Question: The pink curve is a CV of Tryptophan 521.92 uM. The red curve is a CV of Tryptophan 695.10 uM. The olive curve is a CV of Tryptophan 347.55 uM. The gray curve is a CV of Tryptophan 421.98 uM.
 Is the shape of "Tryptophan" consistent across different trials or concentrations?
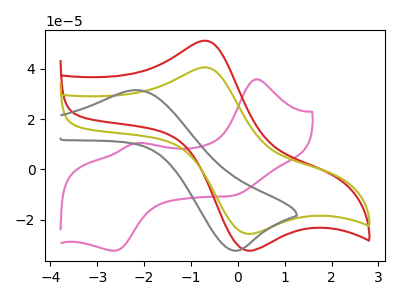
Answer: <think>The pink curve "Tryptophan 521.92 uM" has anodic peaks at (0.40V, 35.90uA) (-2.15V, 10.45uA) and cathodic peaks at (-0.05V, -10.25uA) (-2.65V, -32.35uA). The red curve "Tryptophan 695.10 uM" has an anodic peak at (-0.70V, 51.25uA) and a cathodic peak at (0.15V, -32.00uA). The olive curve "Tryptophan 347.55 uM" has an anodic peak at (-0.70V, 40.65uA) and a cathodic peak at (0.15V, -25.35uA). The gray curve "Tryptophan 421.98 uM" has an anodic peak at (-2.15V, 31.55uA) and a cathodic peak at (0.00V, -32.35uA).
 "Tryptophan 521.92 uM" and "Tryptophan 695.10 uM" have a different number of peaks. "Tryptophan 521.92 uM" and "Tryptophan 347.55 uM" have a different number of peaks. "Tryptophan 521.92 uM" and "Tryptophan 421.98 uM" have a different number of peaks. All the peaks in "Tryptophan 695.10 uM" have a peak in "Tryptophan 347.55 uM" at the same potential. Every peak in "Tryptophan 695.10 uM" is higher than every peak in "Tryptophan 347.55 uM". "Tryptophan 695.10 uM" and "Tryptophan 421.98 uM" have at least one peak that do not match. "Tryptophan 347.55 uM" and "Tryptophan 421.98 uM" have at least one peak that do not match.</think>
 <answer>All the CV's of "Tryptophan" have similar shape.</answer>
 <eval>follow_rule</eval>